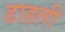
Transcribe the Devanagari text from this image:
डाहली